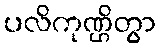
ပလိကုဏ္ဌိတွာ